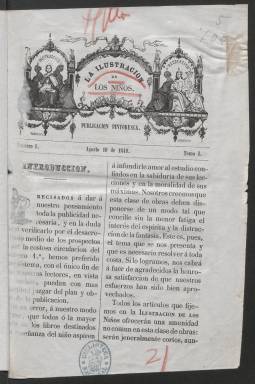
Título: La Educación de los niños
Otros títulos: Ilustración de los niños
Colección: Revistas infantiles
Ámbito geográfico: Madrid
Lugar de publicación: Madrid
Fechas: 10/08/1849-31/01/1850